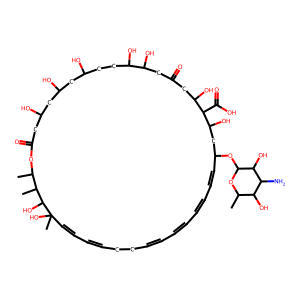
SMILES: CC1OC(=O)CC(O)CC(O)CC(O)CCC(O)C(O)CC(=O)CC(O)C(C(=O)O)C(O)CC(OC2OC(C)C(O)C(N)C2O)C=CC=CC=CC=CCCC=CC=CC(C)(O)C(O)C1C
Inhibits HIV replication: No